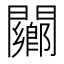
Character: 䦳